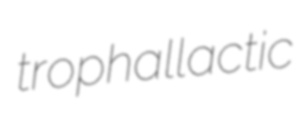
trophallactic